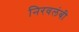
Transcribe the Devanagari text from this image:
निरवलंबी